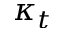
\kappa _ { t }